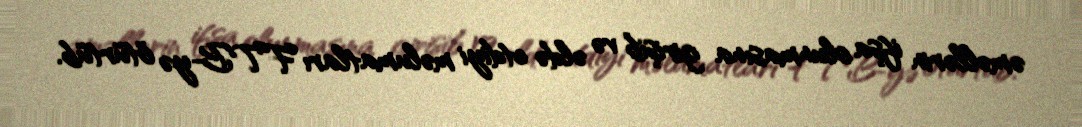
əməllərin ifşa olunmasına girişib və əldə etdiyi məlumatları FTB-yə ötürtüb.